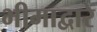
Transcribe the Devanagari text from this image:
भीमाद्वारे